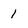
Character: 1